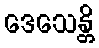
ဒေသေန္တိ